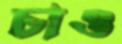
চাও